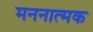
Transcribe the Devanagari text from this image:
मननात्मक